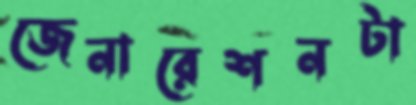
জেনারেশনটা